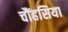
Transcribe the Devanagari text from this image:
चौंहसिया